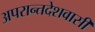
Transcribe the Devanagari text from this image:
अपरान्तदेशवासी